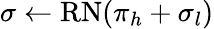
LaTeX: \sigma\gets\mathrm{RN}(\pi_{h}+\sigma_{l})